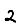
Digit: 2